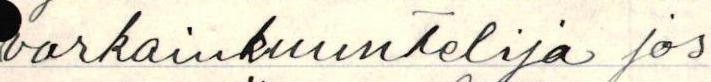
varkainkuuntelija jos